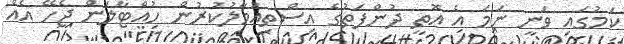
ކަމުގައި ވަނީ ނަމަ އެ އޮތީ ދުންފަތުގެ އިސްތިއުމާލުކުރުން ހުއްޓާލަން ޖެހޭ އެއް